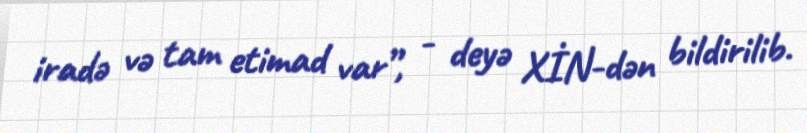
iradə və tam etimad var”, - deyə XİN-dən bildirilib.